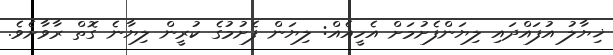
ޚިޔާލު އުފައްދައި ލިޔަންފެށުމަށް އެހީއެއް: ލިޔަން ފެށުމުގެ ކުރީން ލިޔާނެ ގޮތް ރާވާށެވެ.